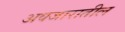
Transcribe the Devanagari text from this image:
अवजारातील